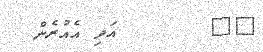
٣٢       އަދި އެއުރެން